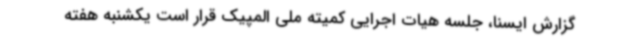
گزارش ایسنا، جلسه هیات اجرایی کمیته ملی المپیک قرار است یکشنبه هفته